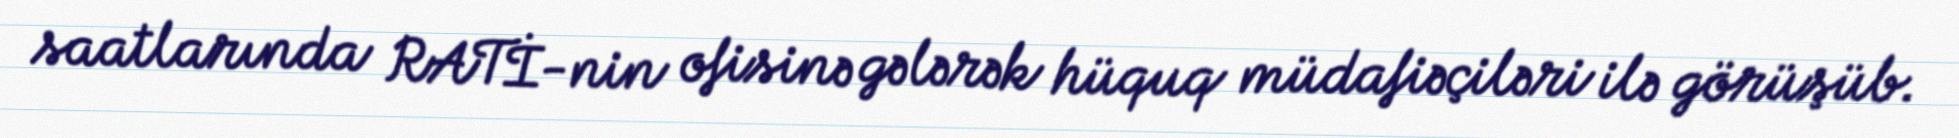
saatlarında RATİ-nin ofisinə gələrək hüquq müdafiəçiləri ilə görüşüb.